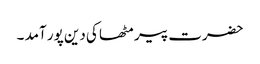
حضرت پیر مٹھا کی دین پور آمد ۔